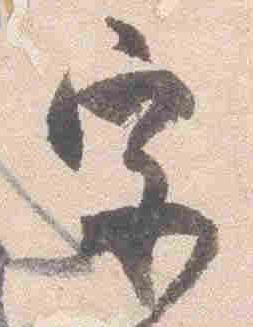
宮